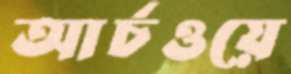
আর্চওয়ে